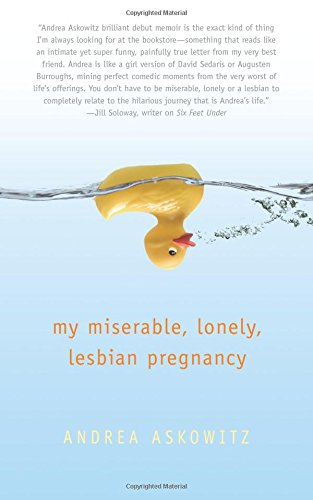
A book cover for My Miserable Lonely Lesbian Pregnancy; Andrea Askowitz; Gay & Lesbian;